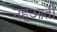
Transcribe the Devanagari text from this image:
नहुआती